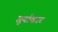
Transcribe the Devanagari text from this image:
सूर्याकार